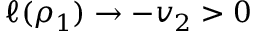
\ell ( \rho _ { 1 } ) \to - v _ { 2 } > 0